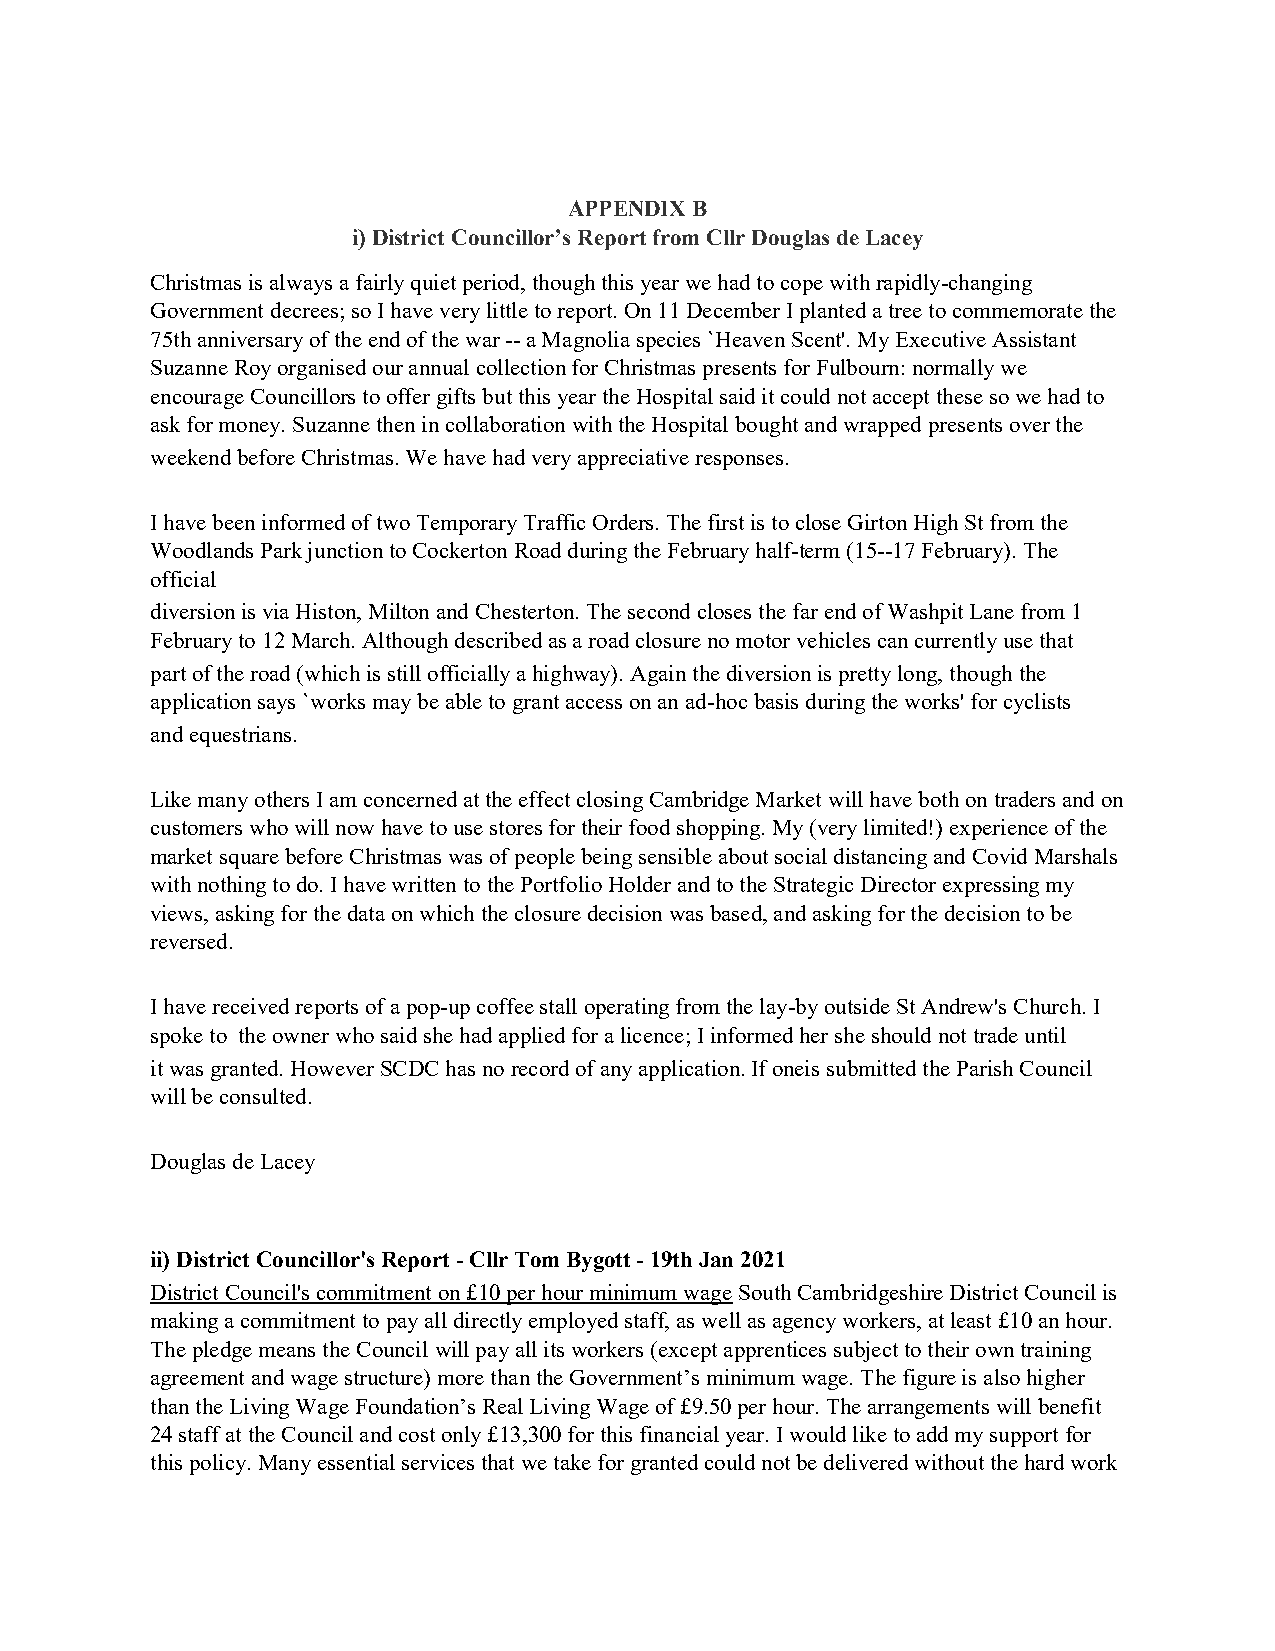
APPENDIX B
 i) District Councillor’s Report from Cllr Douglas de Lacey
 Christmas is always a fairly quiet period, though this year we had to cope with rapidly-changing
 Government decrees; so I have very little to report. On 11 December I planted a tree to commemorate the
 75th anniversary of the end of the war -- a Magnolia species `Heaven Scent'. My Executive Assistant
 Suzanne Roy organised our annual collection for Christmas presents for Fulbourn: normally we
 encourage Councillors to offer gifts but this year the Hospital said it could not accept these so we had to
 ask for money. Suzanne then in collaboration with the Hospital bought and wrapped presents over the
 weekend before Christmas. We have had very appreciative responses.
 I have been informed of two Temporary Traffic Orders. The first is to close Girton High St from the
 Woodlands Park junction to Cockerton Road during the February half-term (15--17 February). The
 official
 diversion is via Histon, Milton and Chesterton. The second closes the far end of Washpit Lane from 1
 February to 12 March. Although described as a road closure no motor vehicles can currently use that
 part of the road (which is still officially a highway). Again the diversion is pretty long, though the
 application says `works may be able to grant access on an ad-hoc basis during the works' for cyclists
 and equestrians.
 Like many others I am concerned at the effect closing Cambridge Market will have both on traders and on
 customers who will now have to use stores for their food shopping. My (very limited!) experience of the
 market square before Christmas was of people being sensible about social distancing and Covid Marshals
 with nothing to do. I have written to the Portfolio Holder and to the Strategic Director expressing my
 views, asking for the data on which the closure decision was based, and asking for the decision to be
 reversed.
 I have received reports of a pop-up coffee stall operating from the lay-by outside St Andrew's Church. I
 spoke to the owner who said she had applied for a licence; I informed her she should not trade until
 it was granted. However SCDC has no record of any application. If oneis submitted the Parish Council
 will be consulted.
 Douglas de Lacey
 ii) District Councillor's Report - Cllr Tom Bygott - 19th Jan 2021
 District Council's commitment on £10 per hour minimum wage South Cambridgeshire District Council is
 making a commitment to pay all directly employed staff, as well as agency workers, at least £10 an hour.
 The pledge means the Council will pay all its workers (except apprentices subject to their own training
 agreement and wage structure) more than the Government’s minimum wage. The figure is also higher
 than the Living Wage Foundation’s Real Living Wage of £9.50 per hour. The arrangements will benefit
 24 staff at the Council and cost only £13,300 for this financial year. I would like to add my support for
 this policy. Many essential services that we take for granted could not be delivered without the hard work